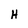
Character: H